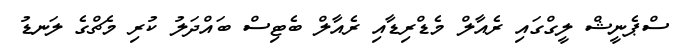
ސްޕެނީޝް ލީގްގައި ރެއާލް މެޑްރިޑާއި ރެއާލް ބެޓިސް ބައްދަލު ކުރި މެޗްގެ ލަނޑު